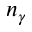
n _ { \gamma }